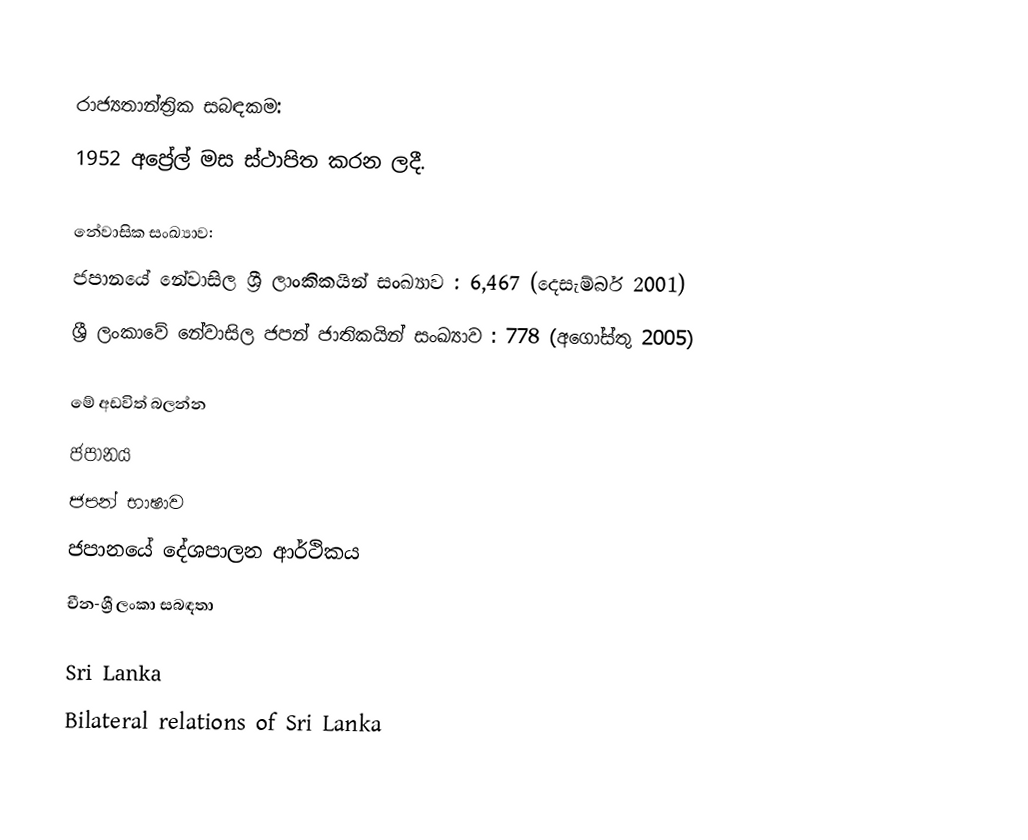

රාජ්‍යතාන්ත්‍රික සබඳකම:
1952 අප්‍රේල් මස  ස්ථාපිත කරන ලදී.

නේවාසික සංඛ්‍යාව:‍‍
 ජපානයේ නේවාසිල ශ්‍රී ලාංකිකයින්  සංඛ්‍යාව : 6,467 (දෙසැම්බර් 2001)
 ශ්‍රී ලංකාවේ නේවාසිල ජපන් ජාතිකයින් සංඛ්‍යාව :     778 (අගෝස්තු 2005)

මේ අඩවිත් බලන්න
 ජපානය
 ජපන් භාෂාව
 ජපානයේ දේශපාලන ආර්ථිකය
 චීන-ශ්‍රී ලංකා සබඳතා

Sri Lanka
Bilateral relations of Sri Lanka